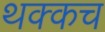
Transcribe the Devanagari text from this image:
थक्कच